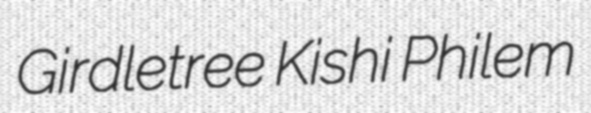
Girdletree Kishi Philem